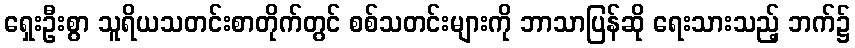
ရှေးဦးစွာ သူရိယသတင်းစာတိုက်တွင် စစ်သတင်းများကို ဘာသာပြန်ဆို ရေးသားသည့် ဘက်၌